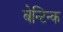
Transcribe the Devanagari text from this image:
बेन्टिन्क